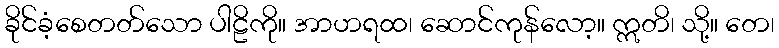
ခိုင်ခံ့စေတတ်သော ပါဠိကို။ အာဟရထ၊ ဆောင်ကုန်လော့။ ဣတိ၊ သို့။ တေ၊